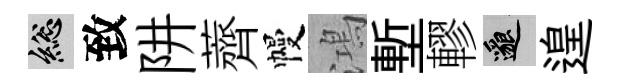
總致阱薺幔鴻塹轇邈遑